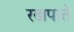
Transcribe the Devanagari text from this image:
रखपाते